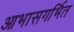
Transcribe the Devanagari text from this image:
आभासगर्भित